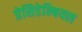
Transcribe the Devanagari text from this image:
प्रेसिडेन्षियल